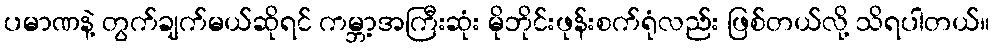
ပမာဏနဲ့ တွက်ချက်မယ်ဆိုရင် ကမ္ဘာ့အကြီးဆုံး မိုဘိုင်းဖုန်းစက်ရုံလည်း ဖြစ်တယ်လို့ သိရပါတယ်။